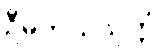
ဦမိဘယသုတ္တံ